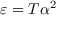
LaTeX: \varepsilon = T \alpha ^ { 2 }